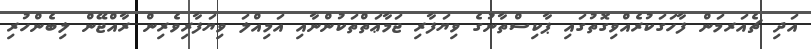
އަދި ޗެއަރމަން ފާހަގަކުރެއްވިގޮތުގައި ޕާކިސްތާނުގެ ވިޔަފާރި ޖަމާޢަތްތަކުންނާއި އަމިއްލަ ވިޔަފާރިވެރިން ރާއްޖޭން ލިބެންހުރި